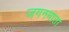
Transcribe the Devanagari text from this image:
जगनमाता